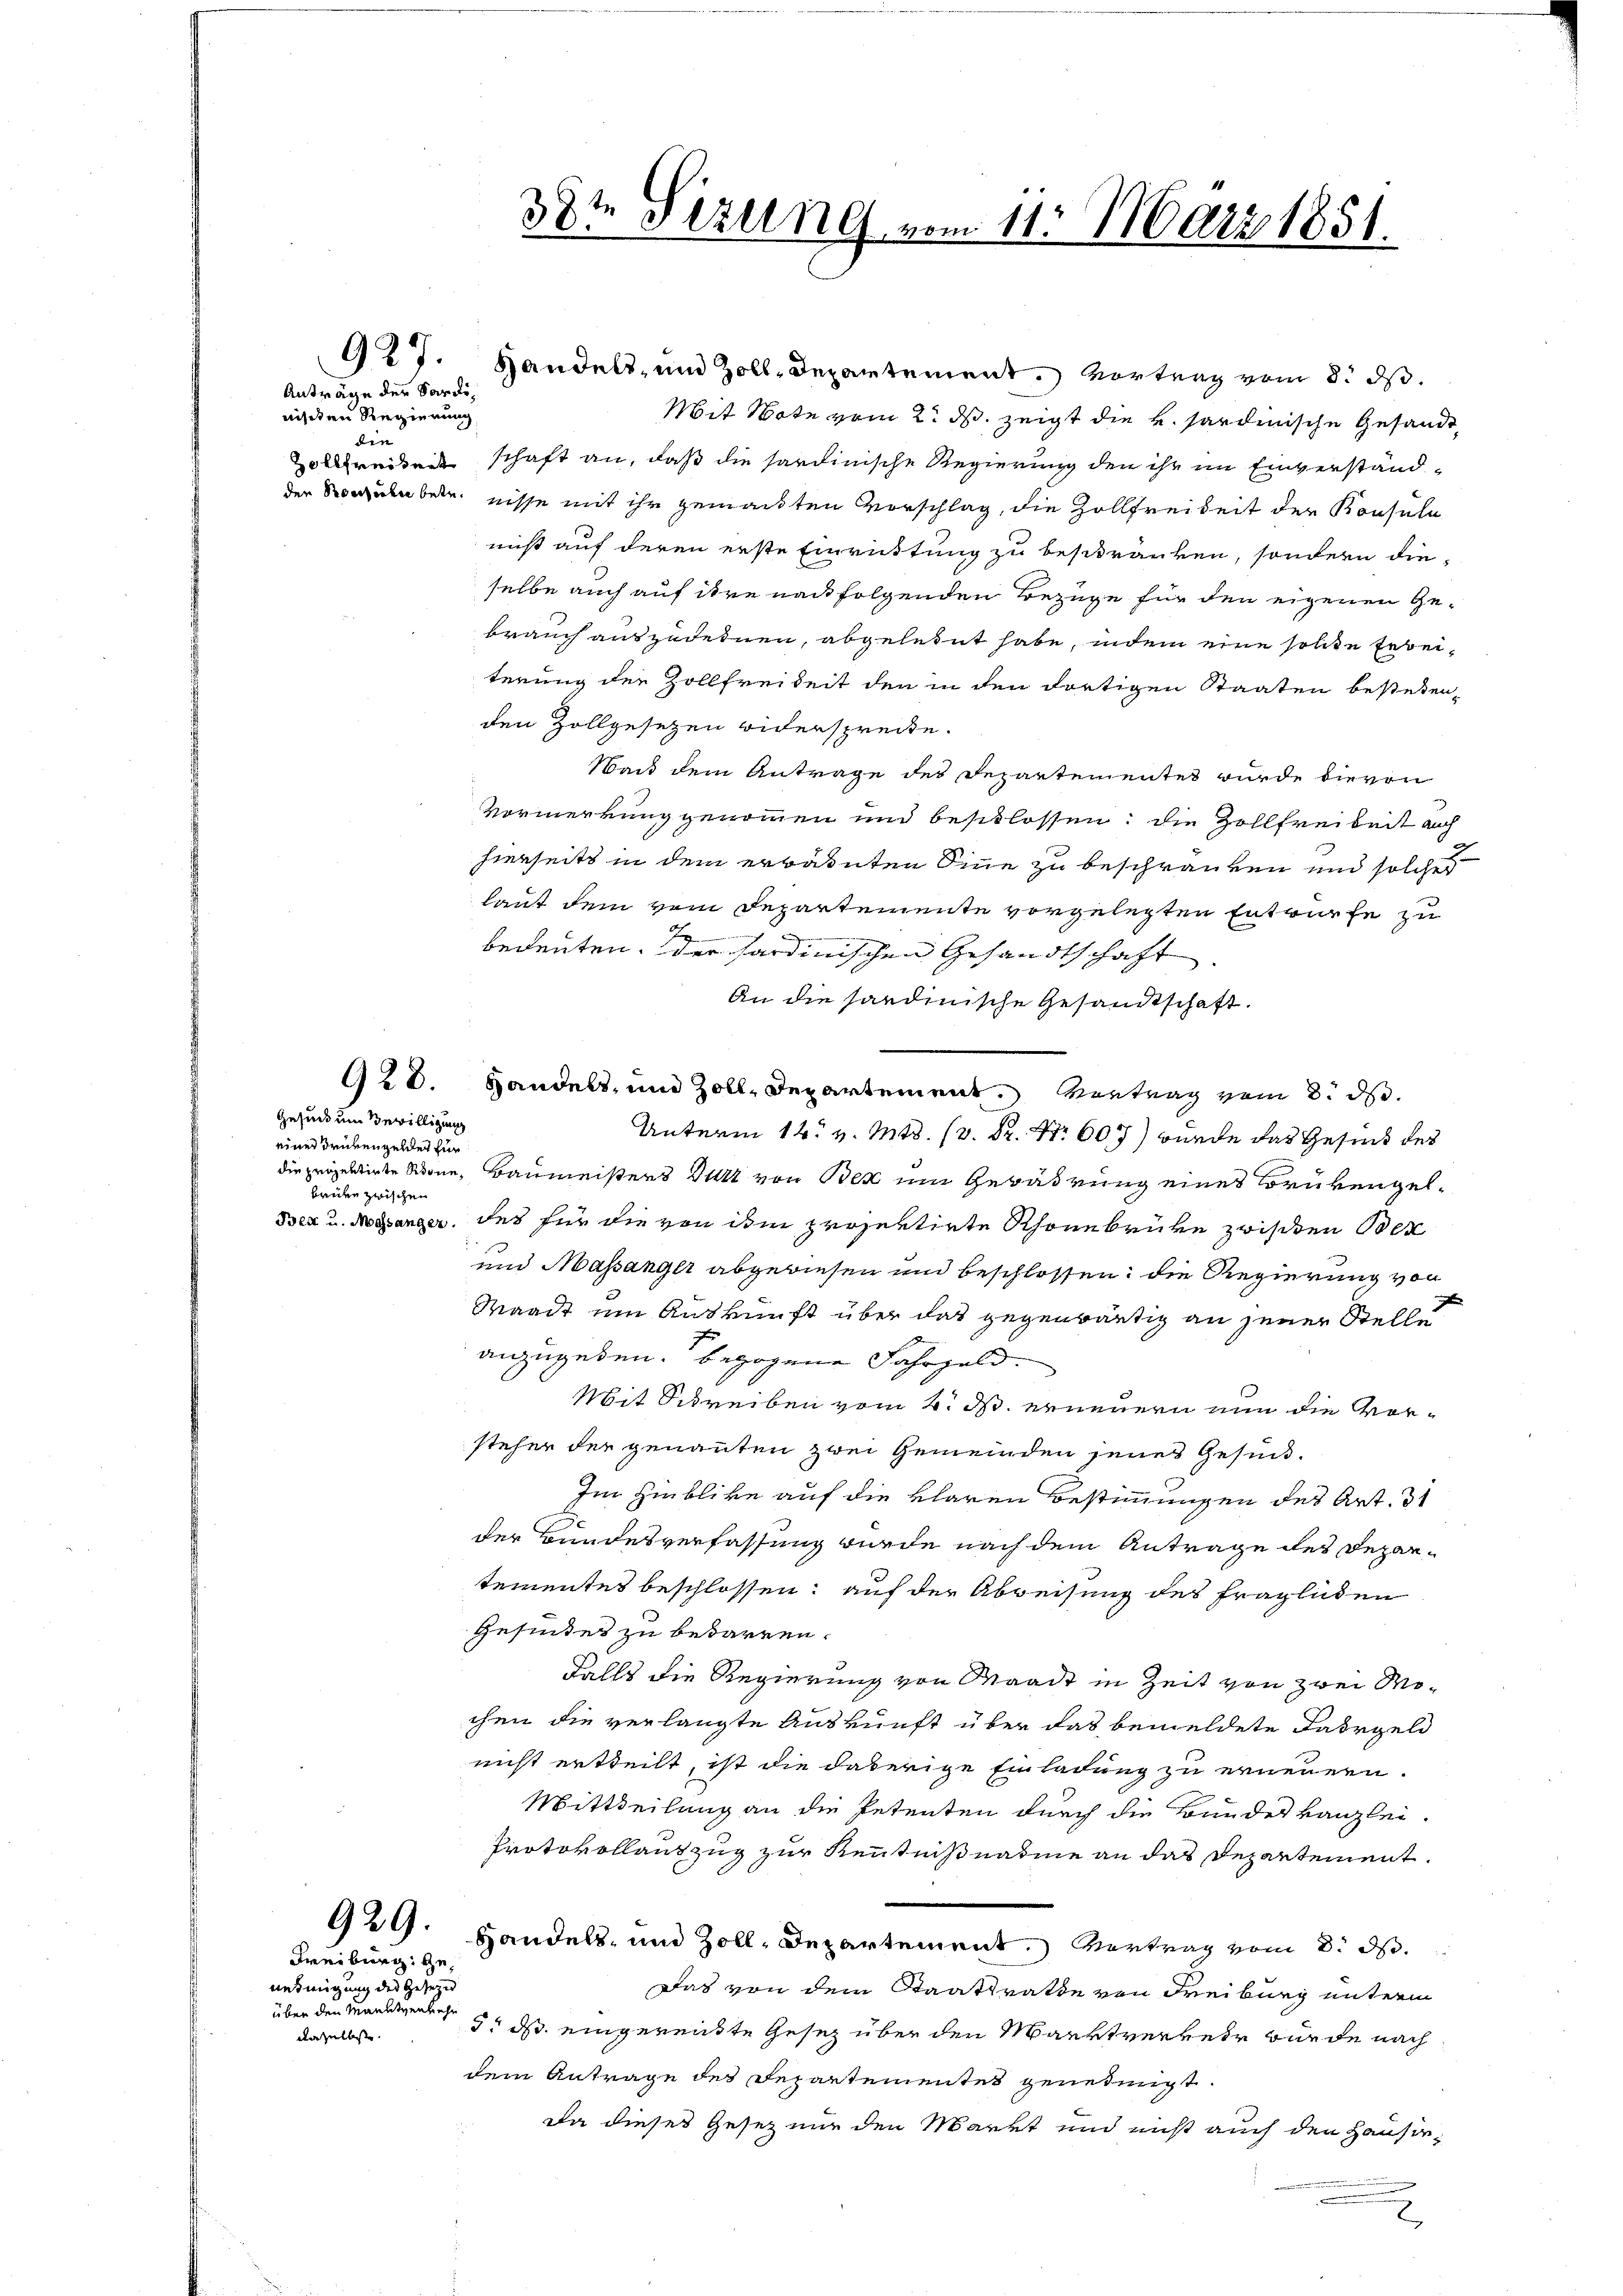
Anträge der Sardinisten Regierung
den
ollfreignet

Freiburg. Ge¬

Gesuch um Bewilligung
einer Trubengeldet für
Briden zwischen

nehmigung der Gesezes
über den Maulverkehr
dazulasse.

38te Sizung vom 11. März 1851.

927. Handels- und Zoll-Departement. Vortrag vom 8. ds.
Mit Note vom 2. ds. zeigt die v. Sardinische Gesandt
schaft an, daß die sardinische Regierung den ihr im Einverständder Sorgelebetenisse mit ihr gemachten Vorschlag, die Zollfreiheit der Konsula
niß auf deren erste Einrüttung zu beschränken, sondern die-
selbe auch auf ihre nachfolgenden Bezuge für den eigenen Gebrauch auszudehnen, abgelehnt habe, indem eine solche Erbeiterung der Zollfreiheit den in den dortigen Staaten bestetenden Zollgesetzen widersprecte.
Nach dem Antrage des Departementes wurde hievon
Vormerkung genommen und beschlossen; die Zollfreibeit auch
e
hierseits in dem erbanten Sinne zu beschränken und solches
laut dem vom Departemente vorgelegten Entwürfe zu
bedeuten, der Sardinischen Gesandtschaft
An die sardinische Gesandtschaft.
G. 8. Handels- und Zoll, Departement. Vortrag vom 8. d.
Unterm 12. v. M. D. S. Nr. 607) wurde das Gesind des
die präzeldierte Sone, Baumeisters Welt von Bex um Gewährung eines Brükengel¬
Bez u. Manger, des für die von dem projektirte Rhonebrüke zwischen Bez
und Masanger abgewiesen und beschlossen, die Regierung von
Waadt ein Auskunft über das gegenwärtig an jener Stelle
anzugeben. bezogene Fahrgeld¬
Mit Schreiben vom 4. ds. erneuern nun die Vorsteher der genannten zwei Gemeinden jenes Gesund¬
Im Hinblike auf die klaren Bestimmungen des Art. 31
der Bundesverfassung wurde nach dem Antrage des Departementes beschlossen: auf der Abweisung des fraglichen
Gesindes zu bedarren.
Falls die Regierung von Waadt in Zeit von zwei Mochen die verlangte Auskunft über das bemeldete Jahrgeld
nicht ertheilt, ist die daherige Einladung zu erneuen.
Mittheilung an die Petenten durch die Bundeskanzlei-
Protokollantzug zur Kenntnißnahme an das Departement.
929. Handels- und Zoll-Departement. Vortrag vom 8. ds.
Das von dem Staatsrathe von Freiburg unterm
5. ds. eingereite Gesetz über den Marktverker wurde nach
dem Antrage des Departementes genehmigt.
Da dieses Gesetz nur den Markt und nicht auch den Hausir¬